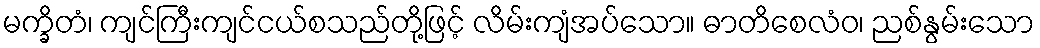
မက္ခိတံ၊ ကျင်ကြီးကျင်ငယ်စသည်တို့ဖြင့် လိမ်းကျံအပ်သော။ ဓာတိစေလံဝ၊ ညစ်နွမ်းသော